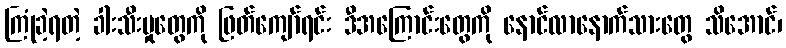
ကြုံခဲ့ရတဲ့ ခါးသီးမှုတွေကို ဖြတ်ကျော်ရင်း ဒီအကြောင်းတွေကို နောင်လာနောက်သားတွေ သိအောင်၊